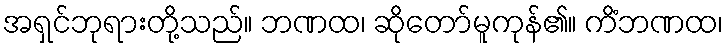
အရှင်ဘုရားတို့သည်။ ဘဏထ၊ ဆိုတော်မူကုန်၏။ ကိံဘဏထ၊